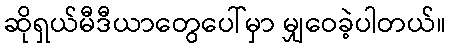
ဆိုရှယ်မီဒီယာတွေပေါ်မှာ မျှဝေခဲ့ပါတယ်။